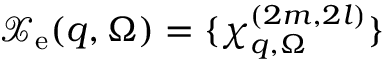
\mathcal { X } _ { \mathrm { e } } ( \boldsymbol { q } , \Omega ) = \{ \chi _ { \boldsymbol { q } , \Omega } ^ { ( 2 m , 2 l ) } \}